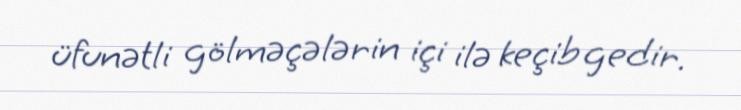
üfunətli gölməçələrin içi ilə keçib gedir.